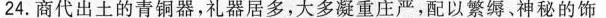
24.商代出土的青铜器，礼器居多，大多凝重庄严，配以繁缛、神秘的饰